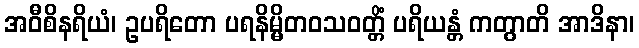
အဝီစိနရိယံ၊ ဥပရိတော ပရနိမ္မိတဝသဝတ္တိံ ပရိယန္တံ ကတွာတိ အာဒိနာ၊